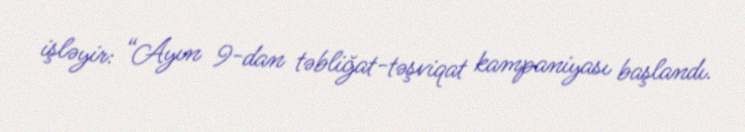
işləyir: “Ayın 9-dan təbliğat-təşviqat kampaniyası başlandı.